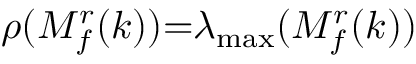
\rho ( M _ { f } ^ { r } ( k ) ) { = } \lambda _ { \operatorname* { m a x } } ( M _ { f } ^ { r } ( k ) )